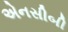
એનસીબી